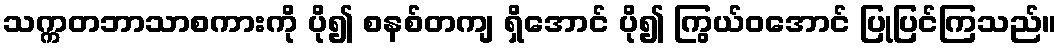
သက္ကတဘာသာစကားကို ပို၍ စနစ်တကျ ရှိအောင် ပို၍ ကြွယ်ဝအောင် ပြုပြင်ကြသည်။